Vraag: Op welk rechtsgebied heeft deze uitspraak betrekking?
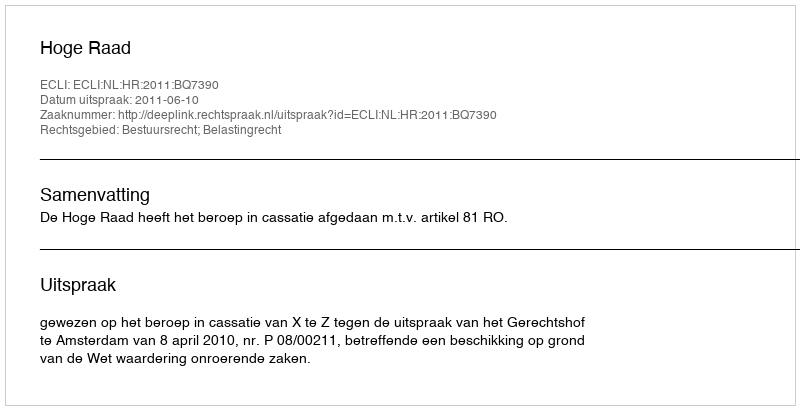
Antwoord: Bestuursrecht; Belastingrecht